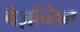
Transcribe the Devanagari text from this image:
बैज़न्तिन